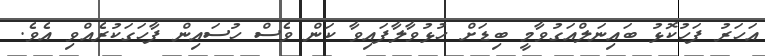
އަހަރު ފަހުކޮޅު ބައިނަލްއަގުވާމީ ބިޑަށް ހުޅުވާލާފައިވާ ކަން ވެސް ހުސައިން ފާހަގަކުރެއްވި އެވެ.